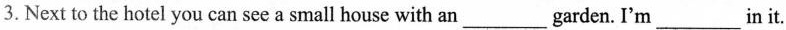
3.Next to the hotel you can seea small house with an___garden. I'm___in it.